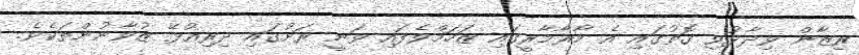
ރިޒާން ވިދާޅުވި ގޮތުގައި އެ މާރާމާރީގައި ޒަހަމްވެފައި ވަނީ ރަށުގައި ދިރިއުޅޭ ޒުވާނުންތަކެވެ.